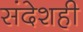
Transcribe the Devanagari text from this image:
संदेशही